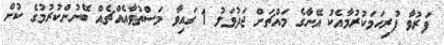
ފަރުވާ ފުރިހަމަކުރުމާއެކު އޭނާގެ މައްޗަށް ޖަދުވަލު 1 ގައިވާ މަސްތުވާއެއްޗެއް ބޭނުންކުރުމުގެ ކުށް